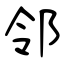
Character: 邻